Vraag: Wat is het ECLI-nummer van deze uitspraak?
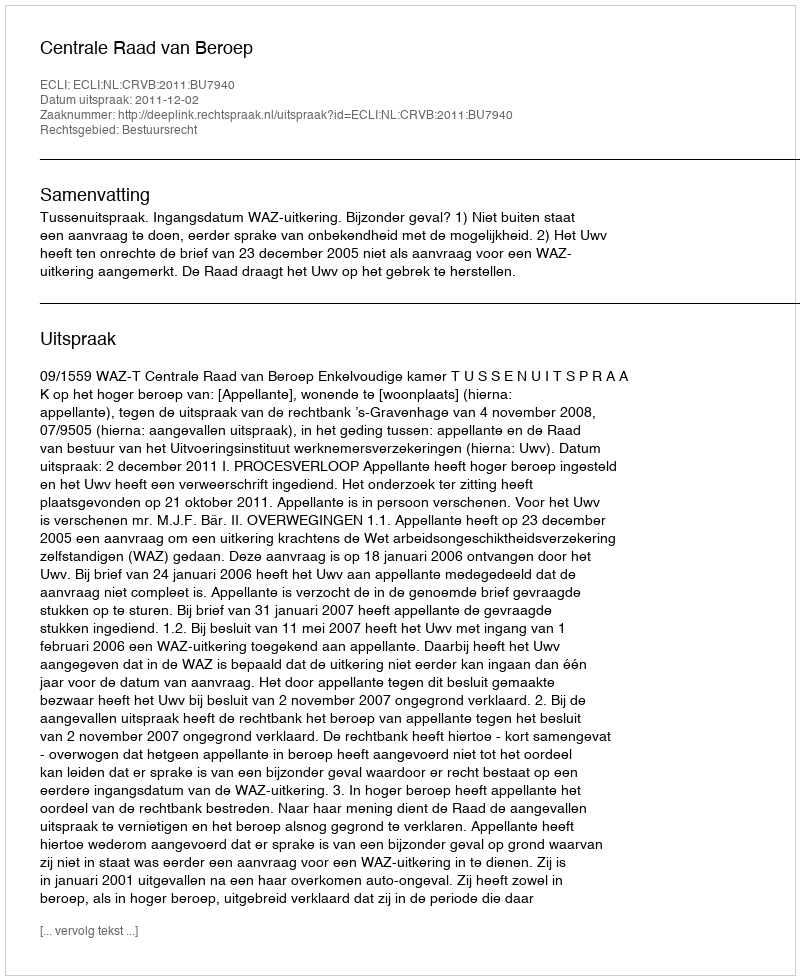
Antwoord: ECLI:NL:CRVB:2011:BU7940